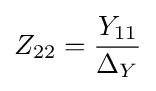
Z_{22}={Y_{11} \over \Delta _{Y}}